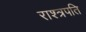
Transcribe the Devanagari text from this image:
राश्त्रपति